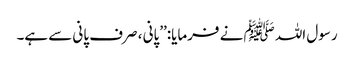
رسول اللہ ﷺ نے فرمایا:’’پانی ، صرف پانی سے ہے۔